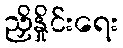
ညှိနှိုင်းရေး